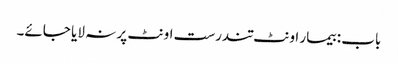
باب : بیمار اونٹ تندرست اونٹ پر نہ لایا جائے۔